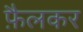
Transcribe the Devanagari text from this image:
फ़ैलकर